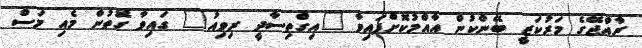
ރާއްޖޭގެ މަރުކަޒީ ބޭންކުން އާއްމުކޮށްފައިވާ "އިގްތިސާދީ ރިވިއު" ގައިވާ ގޮތުން މެއި މަސް